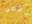
نقضى